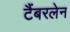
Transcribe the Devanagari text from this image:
टैंबरलेन